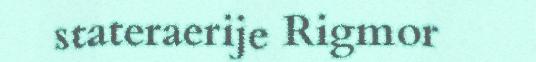
stateraerije Rigmor